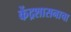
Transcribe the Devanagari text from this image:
केंद्रशासनाचा